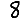
Digit: 8